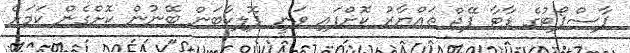
ޕާސްޕޯޓުގެ ޑާޓާ ޕޭޖް ތައްޔާރު ކޮށްފައި ވަނީ ޕޮލިކާބަން ބޭނުން ކޮށްގެން ކަމަށް